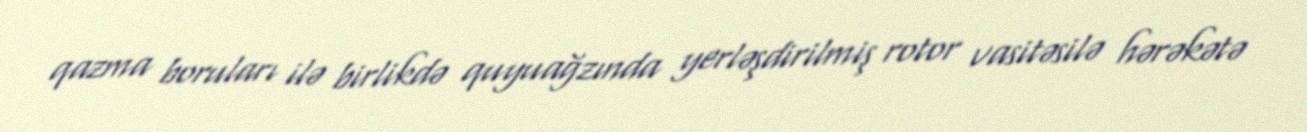
qazma boruları ilə birlikdə quyuağzında yerləşdirilmiş rotor vasitəsilə hərəkətə